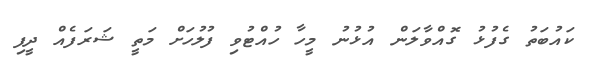
ކައުބަތު ގެފުޅު ގޮއްވާލަން އުޅުނު މީހާ ހުއްޓުވި ފުލުހަށް މަތީ ޝަރަފެއް ދީފި